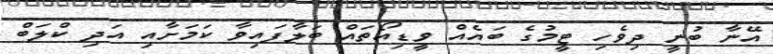
އޭނާ ބުނީ ދިވެހި ޓީމުގެ ބައެއް ވީޑިއޯތައް ބަލާފައިވާ ކަމަށާއި އަދި ކްލަބް